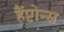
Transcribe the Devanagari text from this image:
हैंप्टोन्स